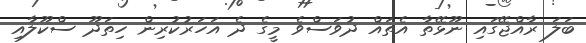
ބަލަ ރާއްޖޭގައި ނޫޅޭތާ އެތައް ދުވަސްވެ މީގެ ދެ އަހަރުކުރިން ހިތަދޫ ސްކޫލާއި